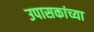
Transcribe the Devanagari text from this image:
उपासकांच्या